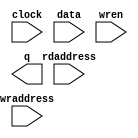
// megafunction wizard: %RAM: 2-PORT%VBB%
// GENERATION: STANDARD
// VERSION: WM1.0
// MODULE: altsyncram 

// ============================================================
// Megafunction Name(s):
// 			altsyncram
//
// Simulation Library Files(s):
// 			altera_mf
// ============================================================
// ************************************************************
// THIS IS A WIZARD-GENERATED FILE. DO NOT EDIT THIS FILE!
//
// 17.0.2 Build 602 07/19/2017 SJ Lite Edition
// ************************************************************

//Copyright (C) 2017  Intel Corporation. All rights reserved.
//Your use of Intel Corporation's design tools, logic functions 
//and other software and tools, and its AMPP partner logic 
//functions, and any output files from any of the foregoing 
//(including device programming or simulation files), and any 
//associated documentation or information are expressly subject 
//to the terms and conditions of the Intel Program License 
//Subscription Agreement, the Intel Quartus Prime License Agreement,
//the Intel MegaCore Function License Agreement, or other 
//applicable license agreement, including, without limitation, 
//that your use is for the sole purpose of programming logic 
//devices manufactured by Intel and sold by Intel or its 
//authorized distributors.  Please refer to the applicable 
//agreement for further details.

module spr_ram (
	clock,
	data,
	rdaddress,
	wraddress,
	wren,
	q);

	input	  clock;
	input	[7:0]  data;
	input	[8:0]  rdaddress;
	input	[8:0]  wraddress;
	input	  wren;
	output	[7:0]  q;
`ifndef ALTERA_RESERVED_QIS
// synopsys translate_off
`endif
	tri1	  clock;
	tri0	  wren;
`ifndef ALTERA_RESERVED_QIS
// synopsys translate_on
`endif

endmodule

// ============================================================
// CNX file retrieval info
// ============================================================
// Retrieval info: PRIVATE: ADDRESSSTALL_A NUMERIC "0"
// Retrieval info: PRIVATE: ADDRESSSTALL_B NUMERIC "0"
// Retrieval info: PRIVATE: BYTEENA_ACLR_A NUMERIC "0"
// Retrieval info: PRIVATE: BYTEENA_ACLR_B NUMERIC "0"
// Retrieval info: PRIVATE: BYTE_ENABLE_A NUMERIC "0"
// Retrieval info: PRIVATE: BYTE_ENABLE_B NUMERIC "0"
// Retrieval info: PRIVATE: BYTE_SIZE NUMERIC "8"
// Retrieval info: PRIVATE: BlankMemory NUMERIC "1"
// Retrieval info: PRIVATE: CLOCK_ENABLE_INPUT_A NUMERIC "0"
// Retrieval info: PRIVATE: CLOCK_ENABLE_INPUT_B NUMERIC "0"
// Retrieval info: PRIVATE: CLOCK_ENABLE_OUTPUT_A NUMERIC "0"
// Retrieval info: PRIVATE: CLOCK_ENABLE_OUTPUT_B NUMERIC "0"
// Retrieval info: PRIVATE: CLRdata NUMERIC "0"
// Retrieval info: PRIVATE: CLRq NUMERIC "0"
// Retrieval info: PRIVATE: CLRrdaddress NUMERIC "0"
// Retrieval info: PRIVATE: CLRrren NUMERIC "0"
// Retrieval info: PRIVATE: CLRwraddress NUMERIC "0"
// Retrieval info: PRIVATE: CLRwren NUMERIC "0"
// Retrieval info: PRIVATE: Clock NUMERIC "0"
// Retrieval info: PRIVATE: Clock_A NUMERIC "0"
// Retrieval info: PRIVATE: Clock_B NUMERIC "0"
// Retrieval info: PRIVATE: IMPLEMENT_IN_LES NUMERIC "0"
// Retrieval info: PRIVATE: INDATA_ACLR_B NUMERIC "0"
// Retrieval info: PRIVATE: INDATA_REG_B NUMERIC "0"
// Retrieval info: PRIVATE: INIT_FILE_LAYOUT STRING "PORT_B"
// Retrieval info: PRIVATE: INIT_TO_SIM_X NUMERIC "0"
// Retrieval info: PRIVATE: INTENDED_DEVICE_FAMILY STRING "Cyclone V"
// Retrieval info: PRIVATE: JTAG_ENABLED NUMERIC "0"
// Retrieval info: PRIVATE: JTAG_ID STRING "NONE"
// Retrieval info: PRIVATE: MAXIMUM_DEPTH NUMERIC "0"
// Retrieval info: PRIVATE: MEMSIZE NUMERIC "4096"
// Retrieval info: PRIVATE: MEM_IN_BITS NUMERIC "0"
// Retrieval info: PRIVATE: MIFfilename STRING ""
// Retrieval info: PRIVATE: OPERATION_MODE NUMERIC "2"
// Retrieval info: PRIVATE: OUTDATA_ACLR_B NUMERIC "0"
// Retrieval info: PRIVATE: OUTDATA_REG_B NUMERIC "1"
// Retrieval info: PRIVATE: RAM_BLOCK_TYPE NUMERIC "0"
// Retrieval info: PRIVATE: READ_DURING_WRITE_MODE_MIXED_PORTS NUMERIC "2"
// Retrieval info: PRIVATE: READ_DURING_WRITE_MODE_PORT_A NUMERIC "3"
// Retrieval info: PRIVATE: READ_DURING_WRITE_MODE_PORT_B NUMERIC "3"
// Retrieval info: PRIVATE: REGdata NUMERIC "1"
// Retrieval info: PRIVATE: REGq NUMERIC "1"
// Retrieval info: PRIVATE: REGrdaddress NUMERIC "1"
// Retrieval info: PRIVATE: REGrren NUMERIC "1"
// Retrieval info: PRIVATE: REGwraddress NUMERIC "1"
// Retrieval info: PRIVATE: REGwren NUMERIC "1"
// Retrieval info: PRIVATE: SYNTH_WRAPPER_GEN_POSTFIX STRING "0"
// Retrieval info: PRIVATE: USE_DIFF_CLKEN NUMERIC "0"
// Retrieval info: PRIVATE: UseDPRAM NUMERIC "1"
// Retrieval info: PRIVATE: VarWidth NUMERIC "0"
// Retrieval info: PRIVATE: WIDTH_READ_A NUMERIC "8"
// Retrieval info: PRIVATE: WIDTH_READ_B NUMERIC "8"
// Retrieval info: PRIVATE: WIDTH_WRITE_A NUMERIC "8"
// Retrieval info: PRIVATE: WIDTH_WRITE_B NUMERIC "8"
// Retrieval info: PRIVATE: WRADDR_ACLR_B NUMERIC "0"
// Retrieval info: PRIVATE: WRADDR_REG_B NUMERIC "0"
// Retrieval info: PRIVATE: WRCTRL_ACLR_B NUMERIC "0"
// Retrieval info: PRIVATE: enable NUMERIC "0"
// Retrieval info: PRIVATE: rden NUMERIC "0"
// Retrieval info: LIBRARY: altera_mf altera_mf.altera_mf_components.all
// Retrieval info: CONSTANT: ADDRESS_ACLR_B STRING "NONE"
// Retrieval info: CONSTANT: ADDRESS_REG_B STRING "CLOCK0"
// Retrieval info: CONSTANT: CLOCK_ENABLE_INPUT_A STRING "BYPASS"
// Retrieval info: CONSTANT: CLOCK_ENABLE_INPUT_B STRING "BYPASS"
// Retrieval info: CONSTANT: CLOCK_ENABLE_OUTPUT_B STRING "BYPASS"
// Retrieval info: CONSTANT: INTENDED_DEVICE_FAMILY STRING "Cyclone V"
// Retrieval info: CONSTANT: LPM_TYPE STRING "altsyncram"
// Retrieval info: CONSTANT: NUMWORDS_A NUMERIC "512"
// Retrieval info: CONSTANT: NUMWORDS_B NUMERIC "512"
// Retrieval info: CONSTANT: OPERATION_MODE STRING "DUAL_PORT"
// Retrieval info: CONSTANT: OUTDATA_ACLR_B STRING "NONE"
// Retrieval info: CONSTANT: OUTDATA_REG_B STRING "CLOCK0"
// Retrieval info: CONSTANT: POWER_UP_UNINITIALIZED STRING "FALSE"
// Retrieval info: CONSTANT: READ_DURING_WRITE_MODE_MIXED_PORTS STRING "DONT_CARE"
// Retrieval info: CONSTANT: WIDTHAD_A NUMERIC "9"
// Retrieval info: CONSTANT: WIDTHAD_B NUMERIC "9"
// Retrieval info: CONSTANT: WIDTH_A NUMERIC "8"
// Retrieval info: CONSTANT: WIDTH_B NUMERIC "8"
// Retrieval info: CONSTANT: WIDTH_BYTEENA_A NUMERIC "1"
// Retrieval info: USED_PORT: clock 0 0 0 0 INPUT VCC "clock"
// Retrieval info: USED_PORT: data 0 0 8 0 INPUT NODEFVAL "data[7..0]"
// Retrieval info: USED_PORT: q 0 0 8 0 OUTPUT NODEFVAL "q[7..0]"
// Retrieval info: USED_PORT: rdaddress 0 0 9 0 INPUT NODEFVAL "rdaddress[8..0]"
// Retrieval info: USED_PORT: wraddress 0 0 9 0 INPUT NODEFVAL "wraddress[8..0]"
// Retrieval info: USED_PORT: wren 0 0 0 0 INPUT GND "wren"
// Retrieval info: CONNECT: @address_a 0 0 9 0 wraddress 0 0 9 0
// Retrieval info: CONNECT: @address_b 0 0 9 0 rdaddress 0 0 9 0
// Retrieval info: CONNECT: @clock0 0 0 0 0 clock 0 0 0 0
// Retrieval info: CONNECT: @data_a 0 0 8 0 data 0 0 8 0
// Retrieval info: CONNECT: @wren_a 0 0 0 0 wren 0 0 0 0
// Retrieval info: CONNECT: q 0 0 8 0 @q_b 0 0 8 0
// Retrieval info: GEN_FILE: TYPE_NORMAL spr_ram.v TRUE
// Retrieval info: GEN_FILE: TYPE_NORMAL spr_ram.inc FALSE
// Retrieval info: GEN_FILE: TYPE_NORMAL spr_ram.cmp FALSE
// Retrieval info: GEN_FILE: TYPE_NORMAL spr_ram.bsf FALSE
// Retrieval info: GEN_FILE: TYPE_NORMAL spr_ram_inst.v TRUE
// Retrieval info: GEN_FILE: TYPE_NORMAL spr_ram_bb.v TRUE
// Retrieval info: LIB_FILE: altera_mf